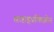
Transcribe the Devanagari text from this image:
साष्टाङ्गप्रणिपातेन